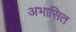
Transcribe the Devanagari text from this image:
अभासित